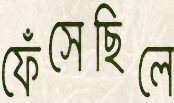
ফেঁসেছিলে